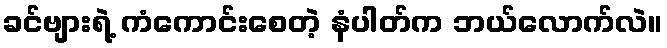
ခင်ဗျားရဲ့ ကံကောင်းစေတဲ့ နံပါတ်က ဘယ်လောက်လဲ။